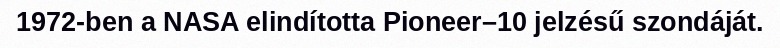
1972-ben a NASA elindította Pioneer–10 jelzésű szondáját.